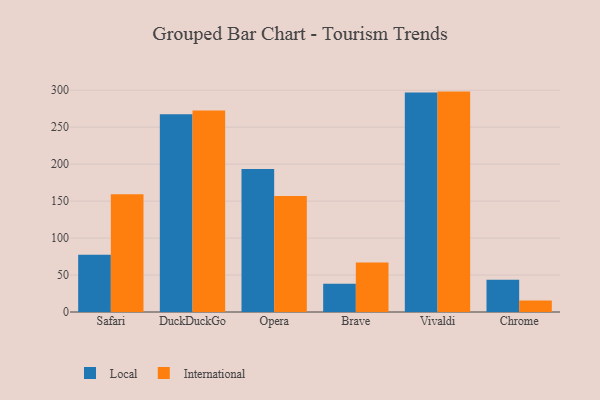
{"axis": {"x": "Browser", "y": "Gross Profit (USD K)"}, "legend": ["International", "Local"], "data": [{"x": "Safari", "y": 77.3, "type": "Local"}, {"x": "Safari", "y": 159.2, "type": "International"}, {"x": "DuckDuckGo", "y": 267.6, "type": "Local"}, {"x": "DuckDuckGo", "y": 272.5, "type": "International"}, {"x": "Opera", "y": 193.4, "type": "Local"}, {"x": "Opera", "y": 157.0, "type": "International"}, {"x": "Brave", "y": 38.3, "type": "Local"}, {"x": "Brave", "y": 66.8, "type": "International"}, {"x": "Vivaldi", "y": 297.0, "type": "Local"}, {"x": "Vivaldi", "y": 298.1, "type": "International"}, {"x": "Chrome", "y": 43.7, "type": "Local"}, {"x": "Chrome", "y": 15.6, "type": "International"}]}